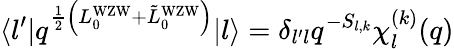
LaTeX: \langle l^{\prime}|q^{{\frac{1}{2}}\left(L_{0}^{\mathrm{WZW}}+{\tilde{L}}_{0}^{\mathrm{WZW}}\right)}|l\rangle=\delta_{l^{\prime}l}q^{-S_{l,k}}\chi_{l}^{(k)}(q)